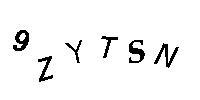
9ZYTSN